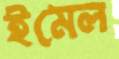
ইমেল